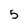
Character: 5